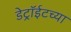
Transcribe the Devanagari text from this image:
डेट्रॉईटच्या